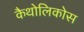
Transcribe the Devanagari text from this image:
कैथोलिकोस